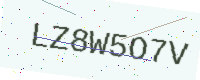
Text: LZ8W5O7V